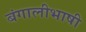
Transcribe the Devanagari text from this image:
बंगालीभाषी